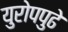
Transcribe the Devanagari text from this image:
युरोपपुढे